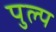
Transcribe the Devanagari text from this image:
पुल्प